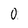
Character: 0